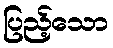
ပြည့်သော